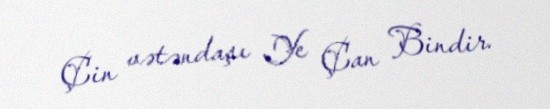
Çin vətəndaşı Ye Çan Bindir.